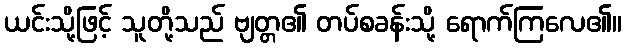
ယင်းသို့ဖြင့် သူတို့သည် ဗျတ္တ၏ တပ်စခန်းသို့ ရောက်ကြလေ၏။